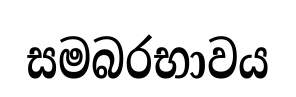
සමබරභාවය